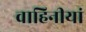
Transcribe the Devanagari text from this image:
वाहिनीयां